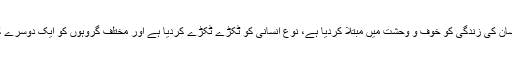
اس ساری صورت حال میں اگر کوئی یہ کہنا شروع کردے کہ مذہب نے انسان کی زندگی کو خوف و وحشت میں مبتلا کردیا ہے، نوع انسانی کو ٹکڑے ٹکڑے کردیا ہے اور مختلف گروہوں کو ایک دوسرے کا ازلی دشمن بنا دیا ہے تو ایسے میں مذہب ہی کو کیوں نہ چھوڑ دیا جائے۔